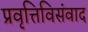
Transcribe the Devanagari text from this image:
प्रवृत्तिविसंवाद